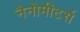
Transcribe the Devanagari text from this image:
नैनोमीटर्स